Calcutta medical institutions reports 1892-1900
Year: 1892
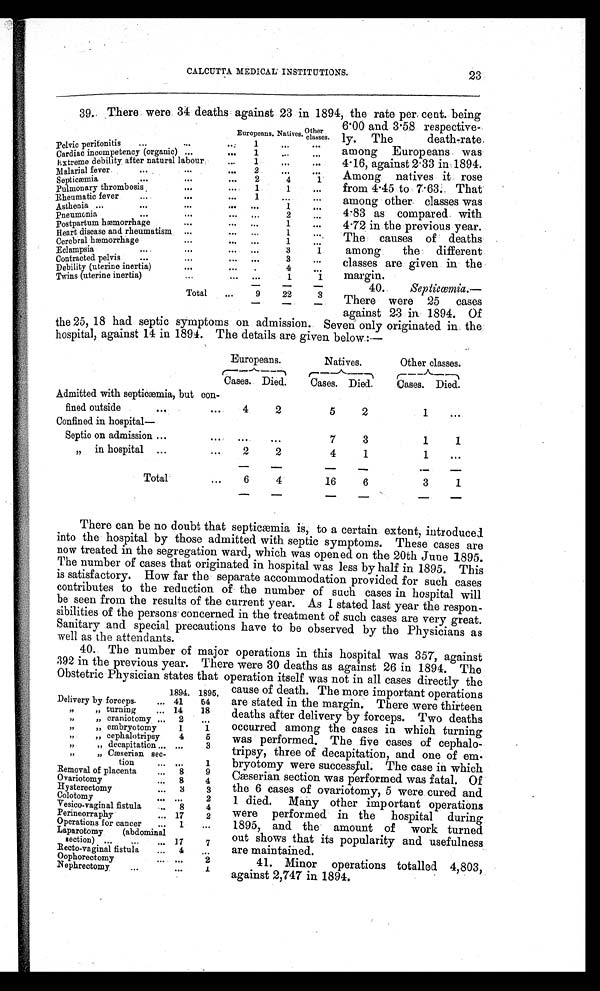
CALCUTTA MEDICAL INSTITUTIONS.
23
39. There were 34 deaths against 23 in 1894, the rate per cent. being
Europeans. Natives. Other cl asses.
P e l v i c p e r i t o n i t i s 1
Cardiac incompetency (organic)
1
Extreme debility after natural labour
1
Malarial fever
2
Septicæmia
2
4
1
P u l m o n a r y t h r o m b o s i s
1 1
Rheumatic fever
1
Asthenia
1
Pneumonia
2
Postpartum hæmorrhage
1
Heart disease and rheumatism
1
Cerebral hæmorrhage
1
Eclampsia
3
1
Contracted pelvis
3
Debility (uterine inertia)
4
Twins (uterine inertia)
1
1
Total
9 22
3
6.00 and 3.58 respective
ly. The death-rate
among Europeans was
4.16, against 2.33 in 1894.
Among natives it rose
from 4.45 to 7.63. That
among other classes was
4.83 as compared with
4.72 in the previous year.
The causes of deaths
among the different
classes are given in the
margin.
40. Septicæmia.—
There were 25 cases
against 23 in 1894. Of
the 25, 18 had septic symptoms on admission. Seven only originated in the
hospital, against 14 in 1894. The details are given below :—
Europeans.
Natives.
Other classes.
Cases. Died.
Cases.
D i e d .
Cases. Died.
Admitted with septicæmia, but con-
fined outside
4
2
5
2
1
Confi ned i n hospi tal —
Septic on admission
7
3
1
1
„ in hospital
2
2
4
1
1
Total
6
4
1 6
6
3
1
There can be no doubt that septicæmia is, to a certain extent, introduced
into the hospital by those admitted with septic symptoms. These cases are
now treated in the segregation ward, which was opened on the 20th June 1895.
The number of cases that originated in hospital was less by half in 1895. This
is satisfactory. How far the separate accommodation provided for such cases
contributes to the reduction of the number of such cases in hospital will
be seen from the results of the current year. As I stated last year the respon
- s i b i l i t i e s o f t h e p e r s o n s c o n c e r n e d i n t h e t r e a t m e n t o f s u c h c a s e s a r e v e r y g r e a t .
Sanitary and special precautions have to be observed by the Physicians as
well as the attendants.
40. The number of major operations in this hospital was 357, against
392 in the previous year. There were 30 deaths as against 26 in 1894. The
Obstetric Physician states that operation itself was not in all cases directly the
1894. 1895.
Delivery by forceps
41 54
„ „turning
14 18
„ „craniotomy
2
„ „ embryotomy
1
1
„ „cephalotripsy
4
5
„ „ decapitation
3
„ „ Cæserian sec-
tion
1
Removal of placenta
8
9
Ovariotomy
8
4
Hysterectomy
3
3
Colotomy
2
Vesico-vaginal fistula
8
4
Perineorraphy
17
2
Operations for cancer
1
Laparotomy (abdominal
section)
17
7
Recto-vaginal fistula
4
Oophorectomy
2
Nephrectomy
1
cause of death. The more important operations
are stated in the margin. There were thirteen
deaths after delivery by forceps. Two deaths
occurred among the cases in which turning
was performed. The five cases of cephalo
-tripsy, three of decapitation, and one of em
- b r y o t o m y w e r e s u c c e s s f u l . T h e c a s e i n w h i c h
Cæserian section was performed was fatal. Of
the 6 cases of ovariotomy, 5 were cured and
1 died. Many other important operations
were performed in the hospital during
1895, and the amount of work turned
out shows that its popularity and usefulness
are maintained.
41. Minor operations totalled 4,803,
against 2,747 in 1894.